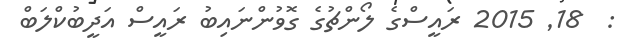
:  18